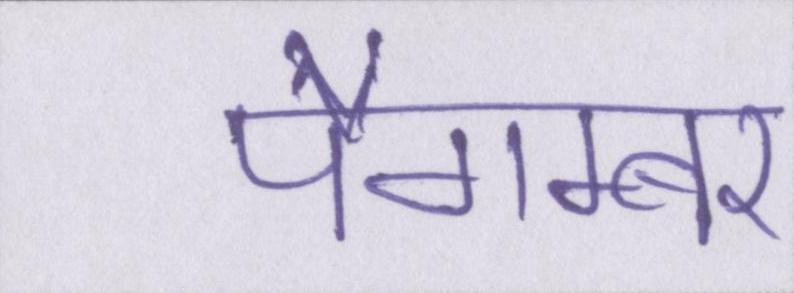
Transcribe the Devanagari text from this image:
पैगम्बर